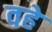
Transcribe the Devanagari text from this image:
वहे